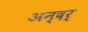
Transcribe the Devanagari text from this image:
अन्दर्